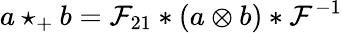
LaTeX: a\star_{+}b={\cal F}_{21}*(a\otimes b)*{\cal F}^{-1}